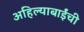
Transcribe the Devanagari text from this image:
अहिल्याबाईंची